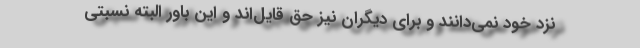
نزد خود نمی‌دانند و برای دیگران نیز حق قایل‌اند و این باور البته نسبتی